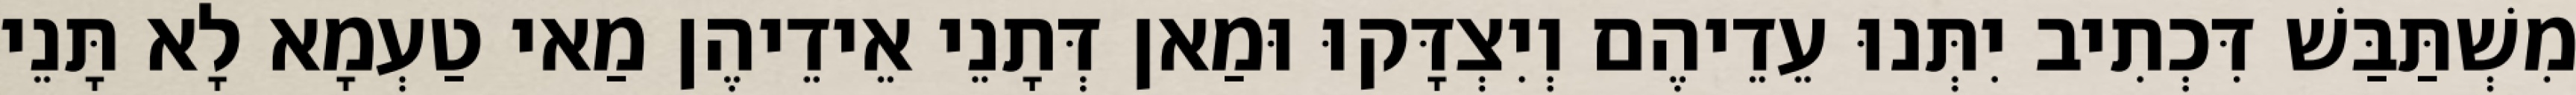
מִשְׁתַּבַּשׁ דִּכְתִיב יִתְּנוּ עֵדֵיהֶם וְיִצְדָּקוּ וּמַאן דְּתָנֵי אֵידֵיהֶן מַאי טַעְמָא לָא תָּנֵי